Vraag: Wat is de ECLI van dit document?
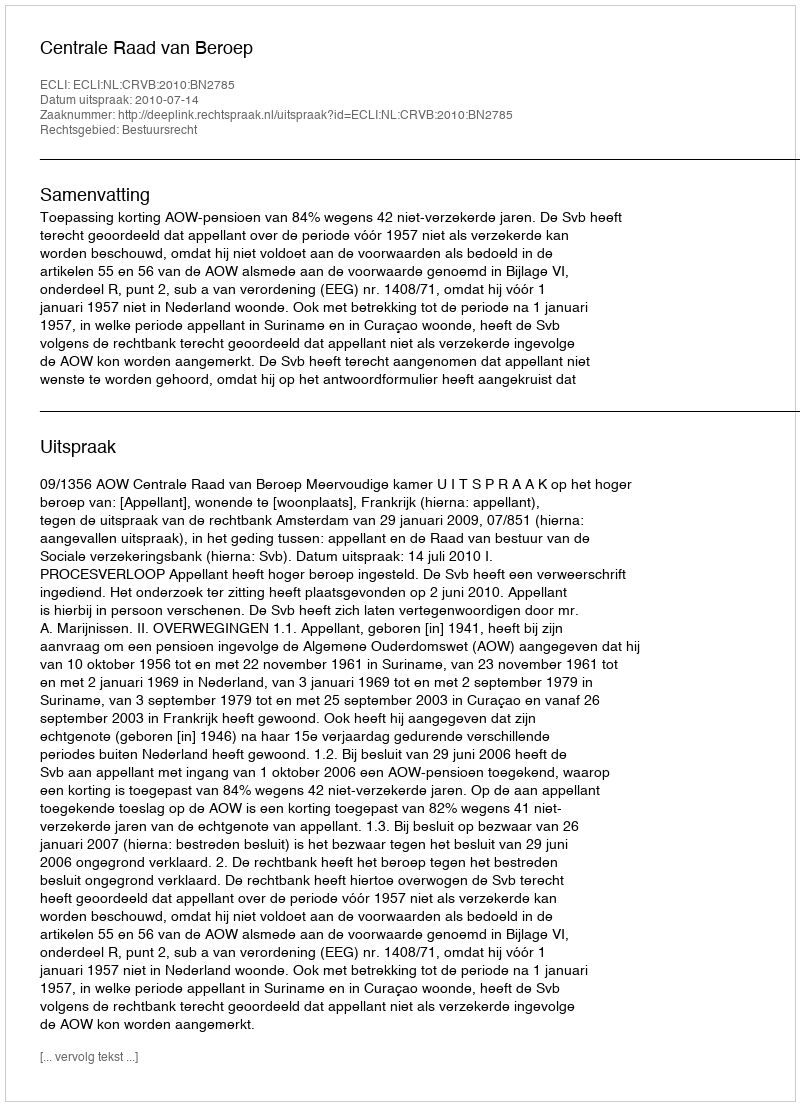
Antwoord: ECLI:NL:CRVB:2010:BN2785